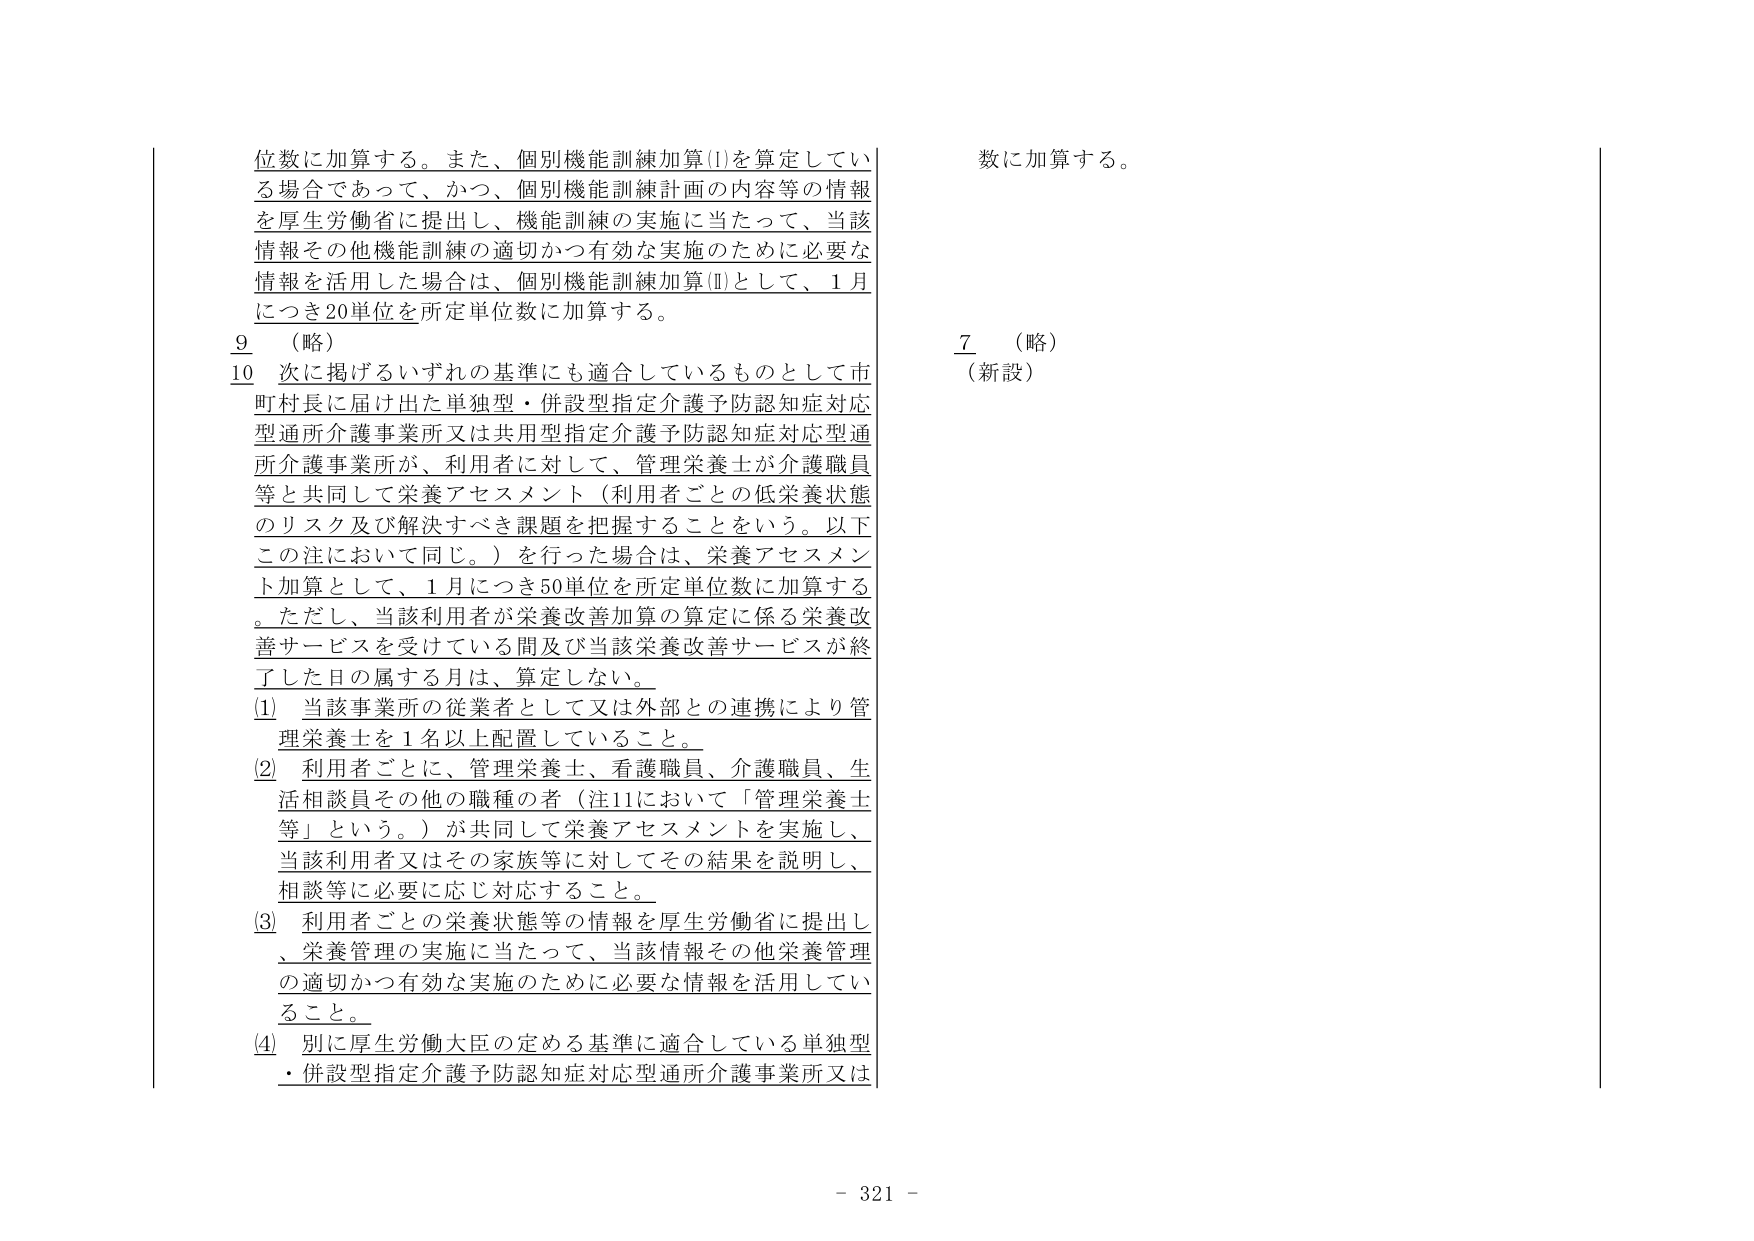
位数に加算する。また、個別機能訓練加算(I)を算定している場合であって、かつ、個別機能訓練計画の内容等の情報を厚生労働省に提出し、機能訓練の実施に当たって、当該情報その他機能訓練の適切かつ有効な実施のために必要な情報を活用した場合は、個別機能訓練加算(II)として、1月につき20単位を所定単位数に加算する。

9 （略）

10 次に掲げるいずれの基準にも適合しているものとして市町村長に届け出た単独型・併設型指定介護予防認知症対応型通所介護事業所又は共用型指定介護予防認知症対応型通所介護事業所が、利用者に対して、管理栄養士が介護職員等と共同して栄養アセスメント（利用者ごとの低栄養状態のリスク及び解決すべき課題を把握することをいう。以下この注において同じ。）を行った場合は、栄養アセスメント加算として、1月につき50単位を所定単位数に加算する。ただし、当該利用者が栄養改善加算の算定に係る栄養改善サービスを受けている間及び当該栄養改善サービスが終了した日の属する月は、算定しない。

(1) 当該事業所の従業者として又は外部との連携により管理栄養士を1名以上配置していること。

(2) 利用者ごとに、管理栄養士、看護職員、介護職員、生活相談員その他の職種の者（注11において「管理栄養士等」という。）が共同して栄養アセスメントを実施し、当該利用者又はその家族等に対してその結果を説明し、相談等に必要に応じ対応すること。

(3) 利用者ごとの栄養状態等の情報を厚生労働省に提出し、栄養管理の実施に当たって、当該情報その他栄養管理の適切かつ有効な実施のために必要な情報を活用していること。

(4) 別に厚生労働大臣の定める基準に適合している単独型・併設型指定介護予防認知症対応型通所介護事業所又は

数に加算する。

7 （略）
（新設）

- 321 -